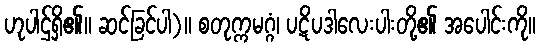
ဟုပါဌ်ရှိ၏။ ဆင်ခြင်ပါ)။ စတုက္ကမဂ္ဂံ၊ ပဋိပဒါလေးပါးတို့၏ အပေါင်းကို။